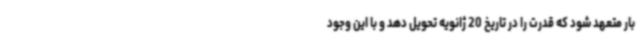
بار متعهد شود که قدرت را در تاریخ 20 ژانویه تحویل دهد و با این وجود